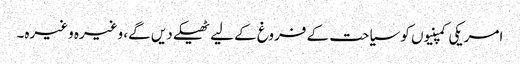
امریکی کمپنیوں کو سیاحت کے فروغ کے لیے ٹھیکے دیں گے، وغیرہ وغیرہ۔